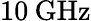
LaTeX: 10\: \mathrm{{GHz}}